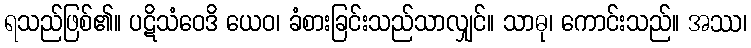
ရသည်ဖြစ်၏။ ပဋိသံဝေဒိ ယေဝ၊ ခံစားခြင်းသည်သာလျှင်။ သာဓု၊ ကောင်းသည်။ အဿ၊